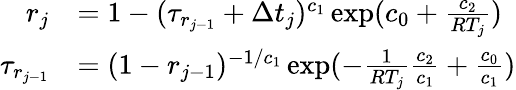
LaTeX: \begin{array}{rl}{r_{j}}&{=1-(\tau_{r_{j-1}}+\Delta t_{j})^{c_{1}}\exp(c_{0}+\frac{c_{2}}{RT_{j}})}\\ {\tau_{r_{j-1}}}&{=(1-r_{j-1})^{-1/c_{1}}\exp(-\frac{1}{RT_{j}}\frac{c_{2}}{c_{1}}+\frac{c_{0}}{c_{1}})}\end{array}